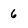
Character: 6